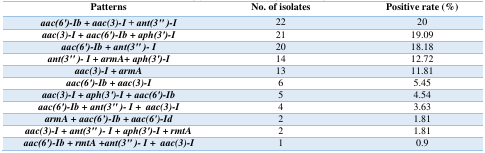
<table><thead><tr><td><b>Patterns</b></td><td><b>No. of isolates</b></td><td><b>Positive rate (%)</b></td></tr></thead><tbody><tr><td><i>aac(6′)-Ib + aac(3)-I + ant(3′′ )-I</i></td><td>22</td><td>20</td></tr><tr><td><i>aac(3)-I </i>+<i> aac(6′)-Ib </i>+ <i>aph(3′)-I</i></td><td>21</td><td>19.09</td></tr><tr><td><i>aac(6′)-Ib </i>+<i> ant(3′′ )- I</i></td><td>20</td><td>18.18</td></tr><tr><td><i>ant(3′′ )- I</i> + <i>armA</i>+ <i>aph(3′)-I</i></td><td>14</td><td>12.72</td></tr><tr><td><i>aac(3)-I</i> + <i>armA</i></td><td>13</td><td>11.81</td></tr><tr><td><i>aac(6′)-Ib </i>+ <i>aac(3)-I</i></td><td>6</td><td>5.45</td></tr><tr><td><i>aac(3)-I</i> + <i>aph(3</i><i>′</i><i>)-I</i> +<i> aac(6′)-Ib</i></td><td>5</td><td>4.54</td></tr><tr><td><i>aac(6′)-Ib </i>+ <i>ant(3′′ )- I </i>+ <i> aac(3)-I</i></td><td>4</td><td>3.63</td></tr><tr><td><i>armA </i>+ <i>aac(6’)-Ib </i>+ <i>aac(6&#x27;)-Id</i></td><td>2</td><td>1.81</td></tr><tr><td><i>aac(3)-I </i>+<i> ant(3′′ )- I </i>+ <i>aph(3′)-I</i> +<i> rmtA</i></td><td>2</td><td>1.81</td></tr><tr><td><i>aac(6′)-Ib </i>+ <i>rmtA </i>+<i>ant(3′′ )- I </i>+ <i> aac(3)-I</i></td><td>1</td><td>0.9</td></tr></tbody></table>